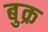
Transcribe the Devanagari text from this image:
बुक्र